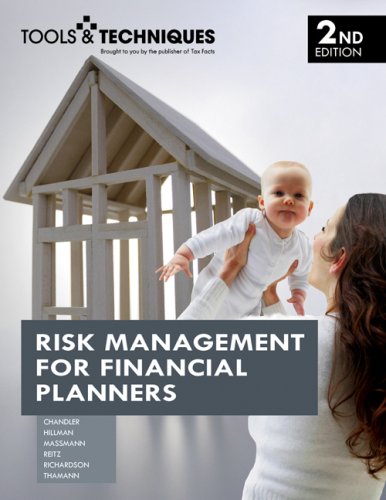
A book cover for Tools & Techniques of Risk Management for Financial Planners; Christine Barlow; Business & Money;